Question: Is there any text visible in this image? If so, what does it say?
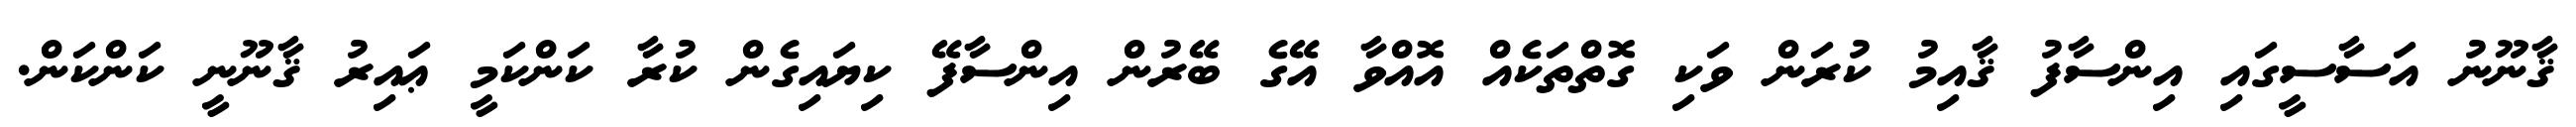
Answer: ޤާނޫނު އަސާސީގައި އިންސާފު ޤާއިމު ކުރަން ވަކި ގޮތްތަކެއް އޮއްވާ އޭގެ ބޭރުން އިންސާފޭ ކިޔައިގެން ކުރާ ކަންކަމީ ޢައިރު ޤާނޫނީ ކަންކަން.